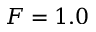
F = 1 . 0